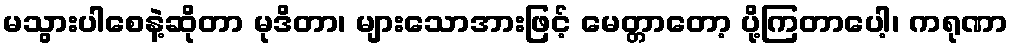
မသွားပါစေနဲ့ဆိုတာ မုဒိတာ၊ များသောအားဖြင့် မေတ္တာတော့ ပို့ကြတာပေါ့၊ ကရုဏာ